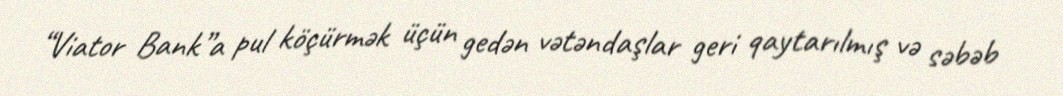
“Viator Bank”a pul köçürmək üçün gedən vətəndaşlar geri qaytarılmış və səbəb